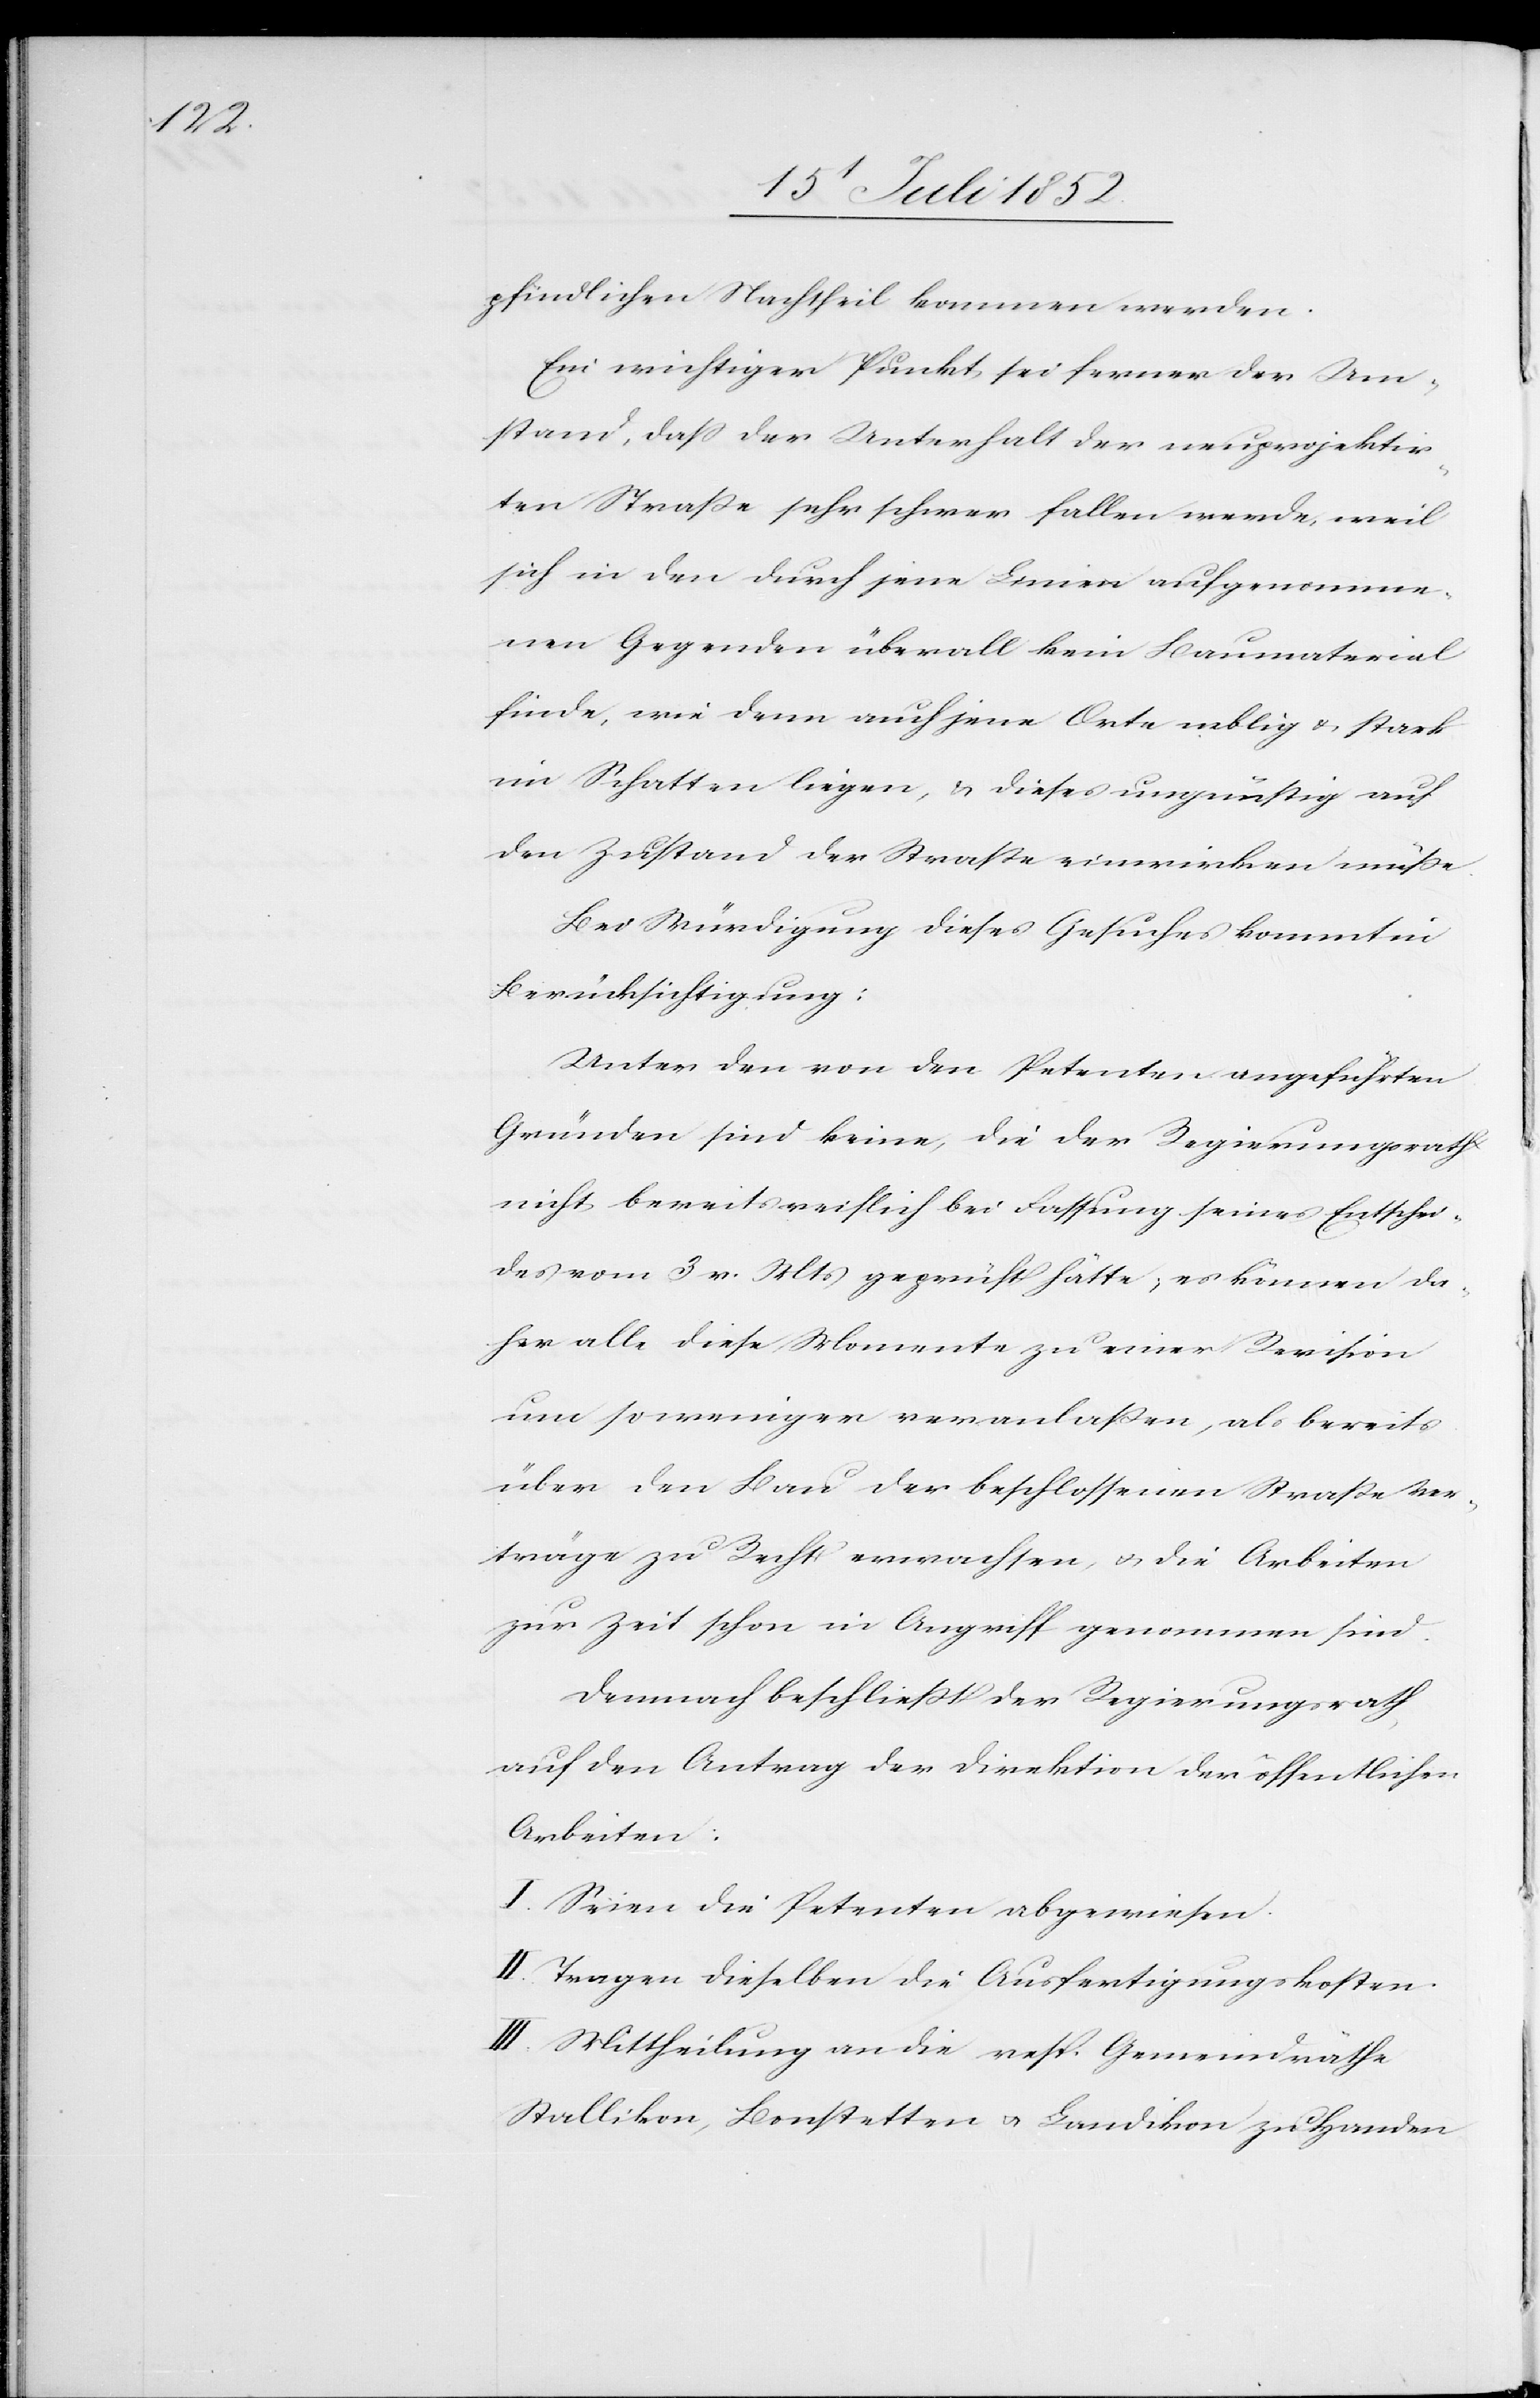
pfindlichen Nachtheil kommen werden.
Ein wichtiger Punkt sei ferner der Um¬
stand, dass der Unterhalt der neuprojektir¬
ten Straße sehr schwer fallen werde, weil
sich in den durch jene Linie aufgenomme¬
nen Gegenden überall kein Baumaterial
finde, wie denn auch jene Orte neblig & stark
im Schatten liegen, & dieses ungünstig auf
den Zustand der Straße einwirken müße.
Bei Würdigung dieses Gesuches kommt in
Berücksichtigung:
Unter den von den Petenten angeführten
Gründen sind keine, die der Regierungsrath
nicht bereits reiflich bei Fassung seines Entschei¬
des vom 3 v. Mts geprüft hätte; es können da¬
her alle diese Momente zu einer Revision
um so weniger veranlaßen, als bereits
über den Bau der beschlossenen Straße Ver¬
träge zu Recht erwachsen, & die Arbeiten
zur Zeit schon in Angriff genommen sind.
Demnach beschließt der Regierungsrath,
auf den Antrag der Direktion der öffentlichen
Arbeiten:
I. Seien die Petenten abgewiesen.
II. Tragen dieselben die Ausfertigungskosten.
III. Mittheilung an die resp. Gemeindräthe
Stallikon, Bonstetten & Landikon zu Handen